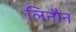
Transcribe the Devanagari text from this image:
लिनौन